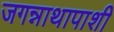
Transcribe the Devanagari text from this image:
जगन्नाथापाशी